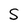
Character: S